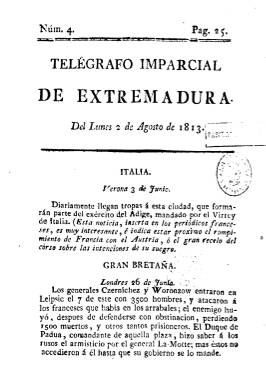
Título: Telégrafo imparcial de Extremadura
Colección: Periódicos anteriores a 1850
Ámbito geográfico: Badajoz
Lugar de publicación: Badajoz
Fechas: 02/08/1813-02/08/1813

Se conoce por la sesión del día 17 de julio de 1813 del Diario de sesiones de las Cortes Generales y Extraordinarias que don José María Alcocer, cura-rector de Prioral, Barrado y Cabrero, en el obispado de Plasencia, sustituyó “a sus expensas” la Gazeta de Extremadura (1810-1813) por este Telégrafo imparcial de Extremadura, del que la Biblioteca Nacional de España conserva únicamente su número 4, de lunes dos de agosto de 1813. Ni Gómez Ímaz (1910) ni Gómez Villafranca (1901) habían dado cuenta de este título, aunque sí lo hizo Luis del Arco (1914), como periódico político y de noticias, del que dice que comenzó a publicarse en julio de 1813 en sustitución de la citada Gazeta, que junto a los demás periódicos dispuestos por las autoridades provinciales y pagados por la Hacienda pública habían sido suprimidos por orden del Gobierno.

La referencia de Palau (Vol. 23, 1971) es errónea al señalar que al dos de agosto corresponde el número 1 y que al fin del mismo queda indicada Imprenta Nacional, cuando el pie dice exactamente Imprenta de la Hacienda Nacional. Respecto al lugar exacto de edición o de impresión, que no aparece estampado en el periódico, los autores Gil Novales (2009), Checa Godoy (2009) o el ya citado Arco no terminan de especificar con total exactitud si dicha imprenta pudo ser la volandera que había sido de la Junta Suprema de Extremadura que se había fusionado con la del Estado Mayor y había adoptado la Diputación Provincial, aunque en la última etapa de la Gazeta se encontraba en la cacereña ciudad de Valencia de Alcántara. El caso es que el citado presbítero, que desde marzo venía siendo redactor de la Gazeta y fue el fundador y director del Telégrafo se había identificado como cura de las dos poblaciones cacereñas citadas.

Esta entrega del dos de agosto de 1813, similar a las publicaciones periódicas de la época en su estructura y formato y compuesta a una columna, contiene noticias de las guerras napoleónicas bajo los epígrafes de las zonas geográficas de referencia –Verona (Italia) y Londres (Gran Bretaña)-, la continuación del texto de una orden de la Regencia del Reino relativa a los ayuntamientos y, al final, un breve aviso sobre la desaparición de una persona.

En la citada sesión de las Cortes de Cádiz de 1813, en donde se leyó la representación del presbítero Alcocer, éste “felicitaba al Congreso por sus sabias providencias y singularmente por la abolición de la Inquisición y nombramiento de la actual Regencia, y al mismo tiempo manifestaba que, no obstante su pobreza, había determinado, para contribuir con sus luces a que se tomara cabal idea y el debido aprecio de las nuevas instituciones, y a sostener el decoro y obediencia a las autoridades legítimas”, publicar este Telégrafo imparcial de Extremadura.

Véase también el catálogo Publicaciones periódicas extremeñas, de María Mercedes Pulido Cordero (1989), y al respecto señalar que el único número de este título en la colección de la Biblioteca Nacional es de cuatro páginas (y no de ocho, como indica la autora), pues al final de la cuarta aparece estampado el pie de imprenta, aunque las tres entregas anteriores sí debieron ser de ocho páginas, pues la del dos de agosto comienza con la página 25. Debió de salir dos o tres veces a la semana, siguiendo la misma periodicidad que había tenido la Gazeta de Extremadura.